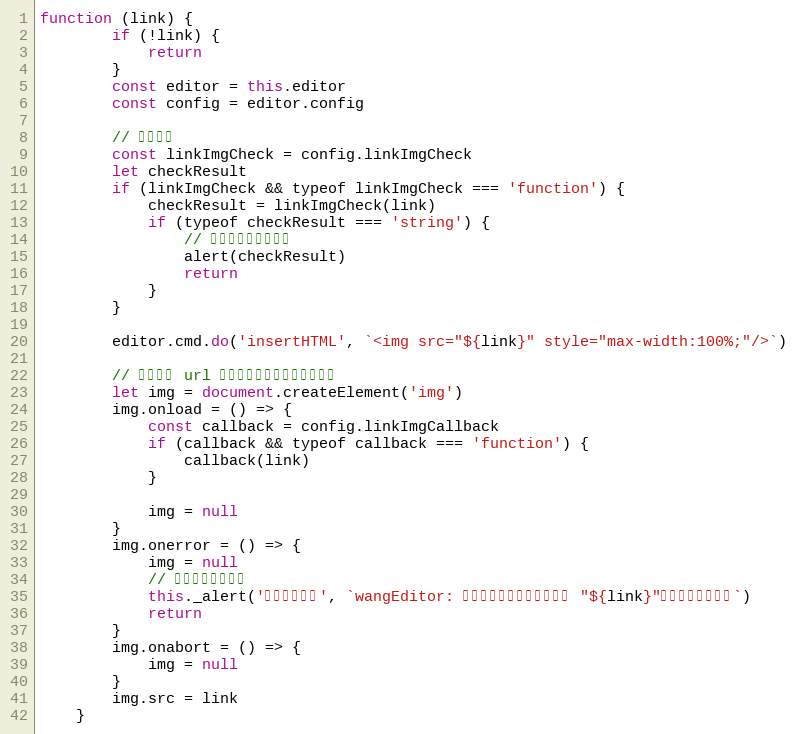
Language: JavaScript
function (link) {
        if (!link) {
            return
        }
        const editor = this.editor
        const config = editor.config

        // 校验格式
        const linkImgCheck = config.linkImgCheck
        let checkResult
        if (linkImgCheck && typeof linkImgCheck === 'function') {
            checkResult = linkImgCheck(link)
            if (typeof checkResult === 'string') {
                // 校验失败，提示信息
                alert(checkResult)
                return
            }
        }

        editor.cmd.do('insertHTML', `<img src="${link}" style="max-width:100%;"/>`)

        // 验证图片 url 是否有效，无效的话给出提示
        let img = document.createElement('img')
        img.onload = () => {
            const callback = config.linkImgCallback
            if (callback && typeof callback === 'function') {
                callback(link)
            }

            img = null
        }
        img.onerror = () => {
            img = null
            // 无法成功下载图片
            this._alert('插入图片错误', `wangEditor: 插入图片出错，图片链接是 "${link}"，下载该链接失败`)
            return
        }
        img.onabort = () => {
            img = null
        }
        img.src = link
    }